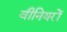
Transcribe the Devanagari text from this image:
वीनियरों